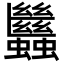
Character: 𧖀